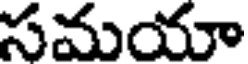
సమయా